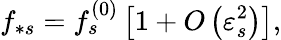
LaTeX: f_{\ast s}=f_{s}^{\left(0\right)}\left[1+O\left(\varepsilon_{s}^{2}\right)\right],